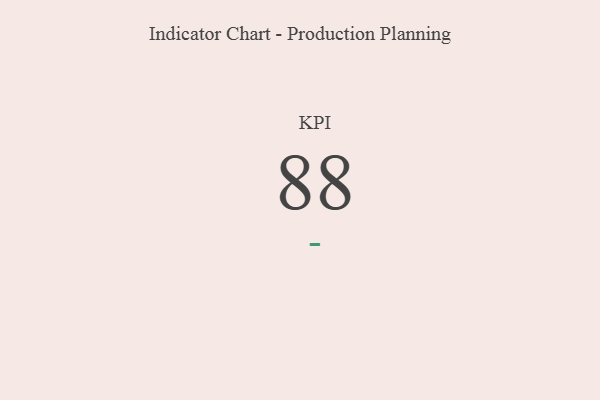
{"axis": {"x": "KPI", "y": "Value"}, "legend": [""], "data": [{"x": "KPI", "y": 88, "type": ""}]}